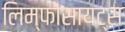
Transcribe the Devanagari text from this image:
लिम्फोसायट्स